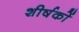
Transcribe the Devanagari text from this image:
शीर्षकाें